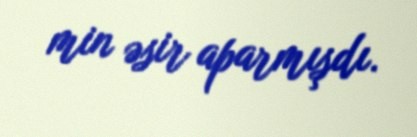
min əsir aparmışdı.